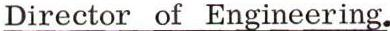
Director of Engineering.